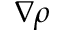
\nabla \rho